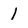
Character: 1